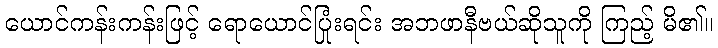
ယောင်ကန်းကန်းဖြင့် ရောယောင်ပြုံးရင်း အဘဖာနီဗယ်ဆိုသူကို ကြည့် မိ၏။